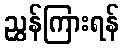
ညွှန်ကြားရန်